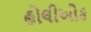
હોલીઓક